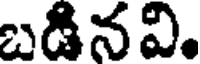
బడినవి.